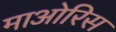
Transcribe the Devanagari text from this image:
माओरिस